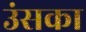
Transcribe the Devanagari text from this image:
उंसका